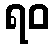
ရဝ